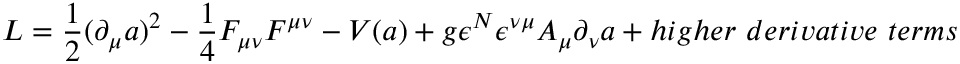
L = { \frac { 1 } { 2 } } ( \partial _ { \mu } a ) ^ { 2 } - { \frac { 1 } { 4 } } F _ { \mu \nu } F ^ { \mu \nu } - V ( a ) + g { \epsilon ^ { N } } \epsilon ^ { \nu \mu } A _ { \mu } \partial _ { \nu } a + h i g h e r ~ d e r i v a t i v e ~ t e r m s